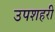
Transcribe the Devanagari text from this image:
उपशहरी